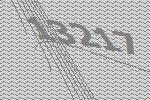
13217